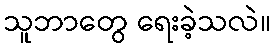
သူဘာတွေ ရေးခဲ့သလဲ။